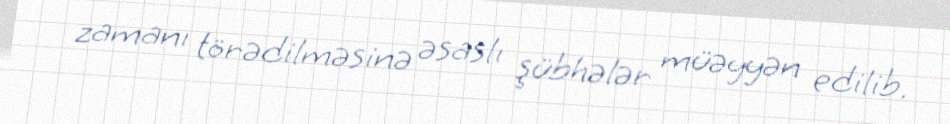
zamanı törədilməsinə əsaslı şübhələr müəyyən edilib.